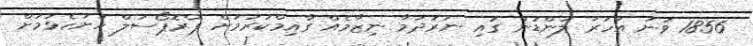
1856 ވަނަ އަހަރު ލަންޑަން ގައި ނަރުދަމާ ނިޒާމެއް ގާއިމްކުރުމަށް ޕްރޮޕޯސަލް ހުށަހެޅުމަށް